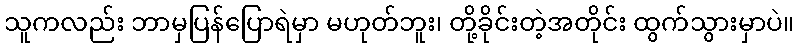
သူကလည်း ဘာမှပြန်ပြောရဲမှာ မဟုတ်ဘူး၊ တို့ခိုင်းတဲ့အတိုင်း ထွက်သွားမှာပဲ။